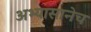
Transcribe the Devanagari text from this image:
अभ्यासानेच